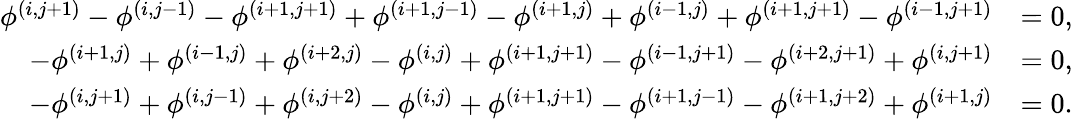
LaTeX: \begin{array}{rl}{\phi^{(i,j+1)}-\phi^{(i,j-1)}-\phi^{(i+1,j+1)}+\phi^{(i+1,j-1)}-\phi^{(i+1,j)}+\phi^{(i-1,j)}+\phi^{(i+1,j+1)}-\phi^{(i-1,j+1)}}&{=0,}\\ {-\phi^{(i+1,j)}+\phi^{(i-1,j)}+\phi^{(i+2,j)}-\phi^{(i,j)}+\phi^{(i+1,j+1)}-\phi^{(i-1,j+1)}-\phi^{(i+2,j+1)}+\phi^{(i,j+1)}}&{=0,}\\ {-\phi^{(i,j+1)}+\phi^{(i,j-1)}+\phi^{(i,j+2)}-\phi^{(i,j)}+\phi^{(i+1,j+1)}-\phi^{(i+1,j-1)}-\phi^{(i+1,j+2)}+\phi^{(i+1,j)}}&{=0.}\end{array}